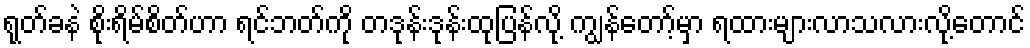
ရုတ်ခနဲ စိုးရိမ်စိတ်ဟာ ရင်ဘတ်ကို တဒုန်းဒုန်းထုပြန်လို့ ကျွန်တော့်မှာ ရထားများလာသလားလို့တောင်